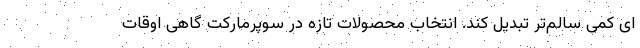
ای کمی سالم‌تر تبدیل کند. انتخاب محصولات تازه در سوپرمارکت گاهی اوقات